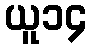
ယူ၁၄